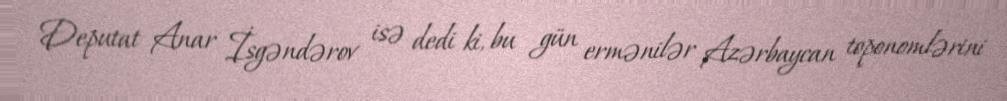
Deputat Anar İsgəndərov isə dedi ki, bu gün ermənilər Azərbaycan toponomlərini